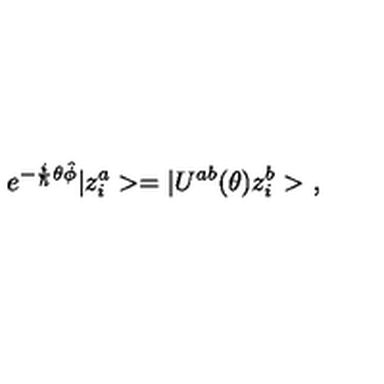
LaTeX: e ^ { - \frac { i } { \hbar } \theta \hat { \phi } } | z _ { i } ^ { a } > = | U ^ { a b } ( \theta ) z _ { i } ^ { b } > \ ,